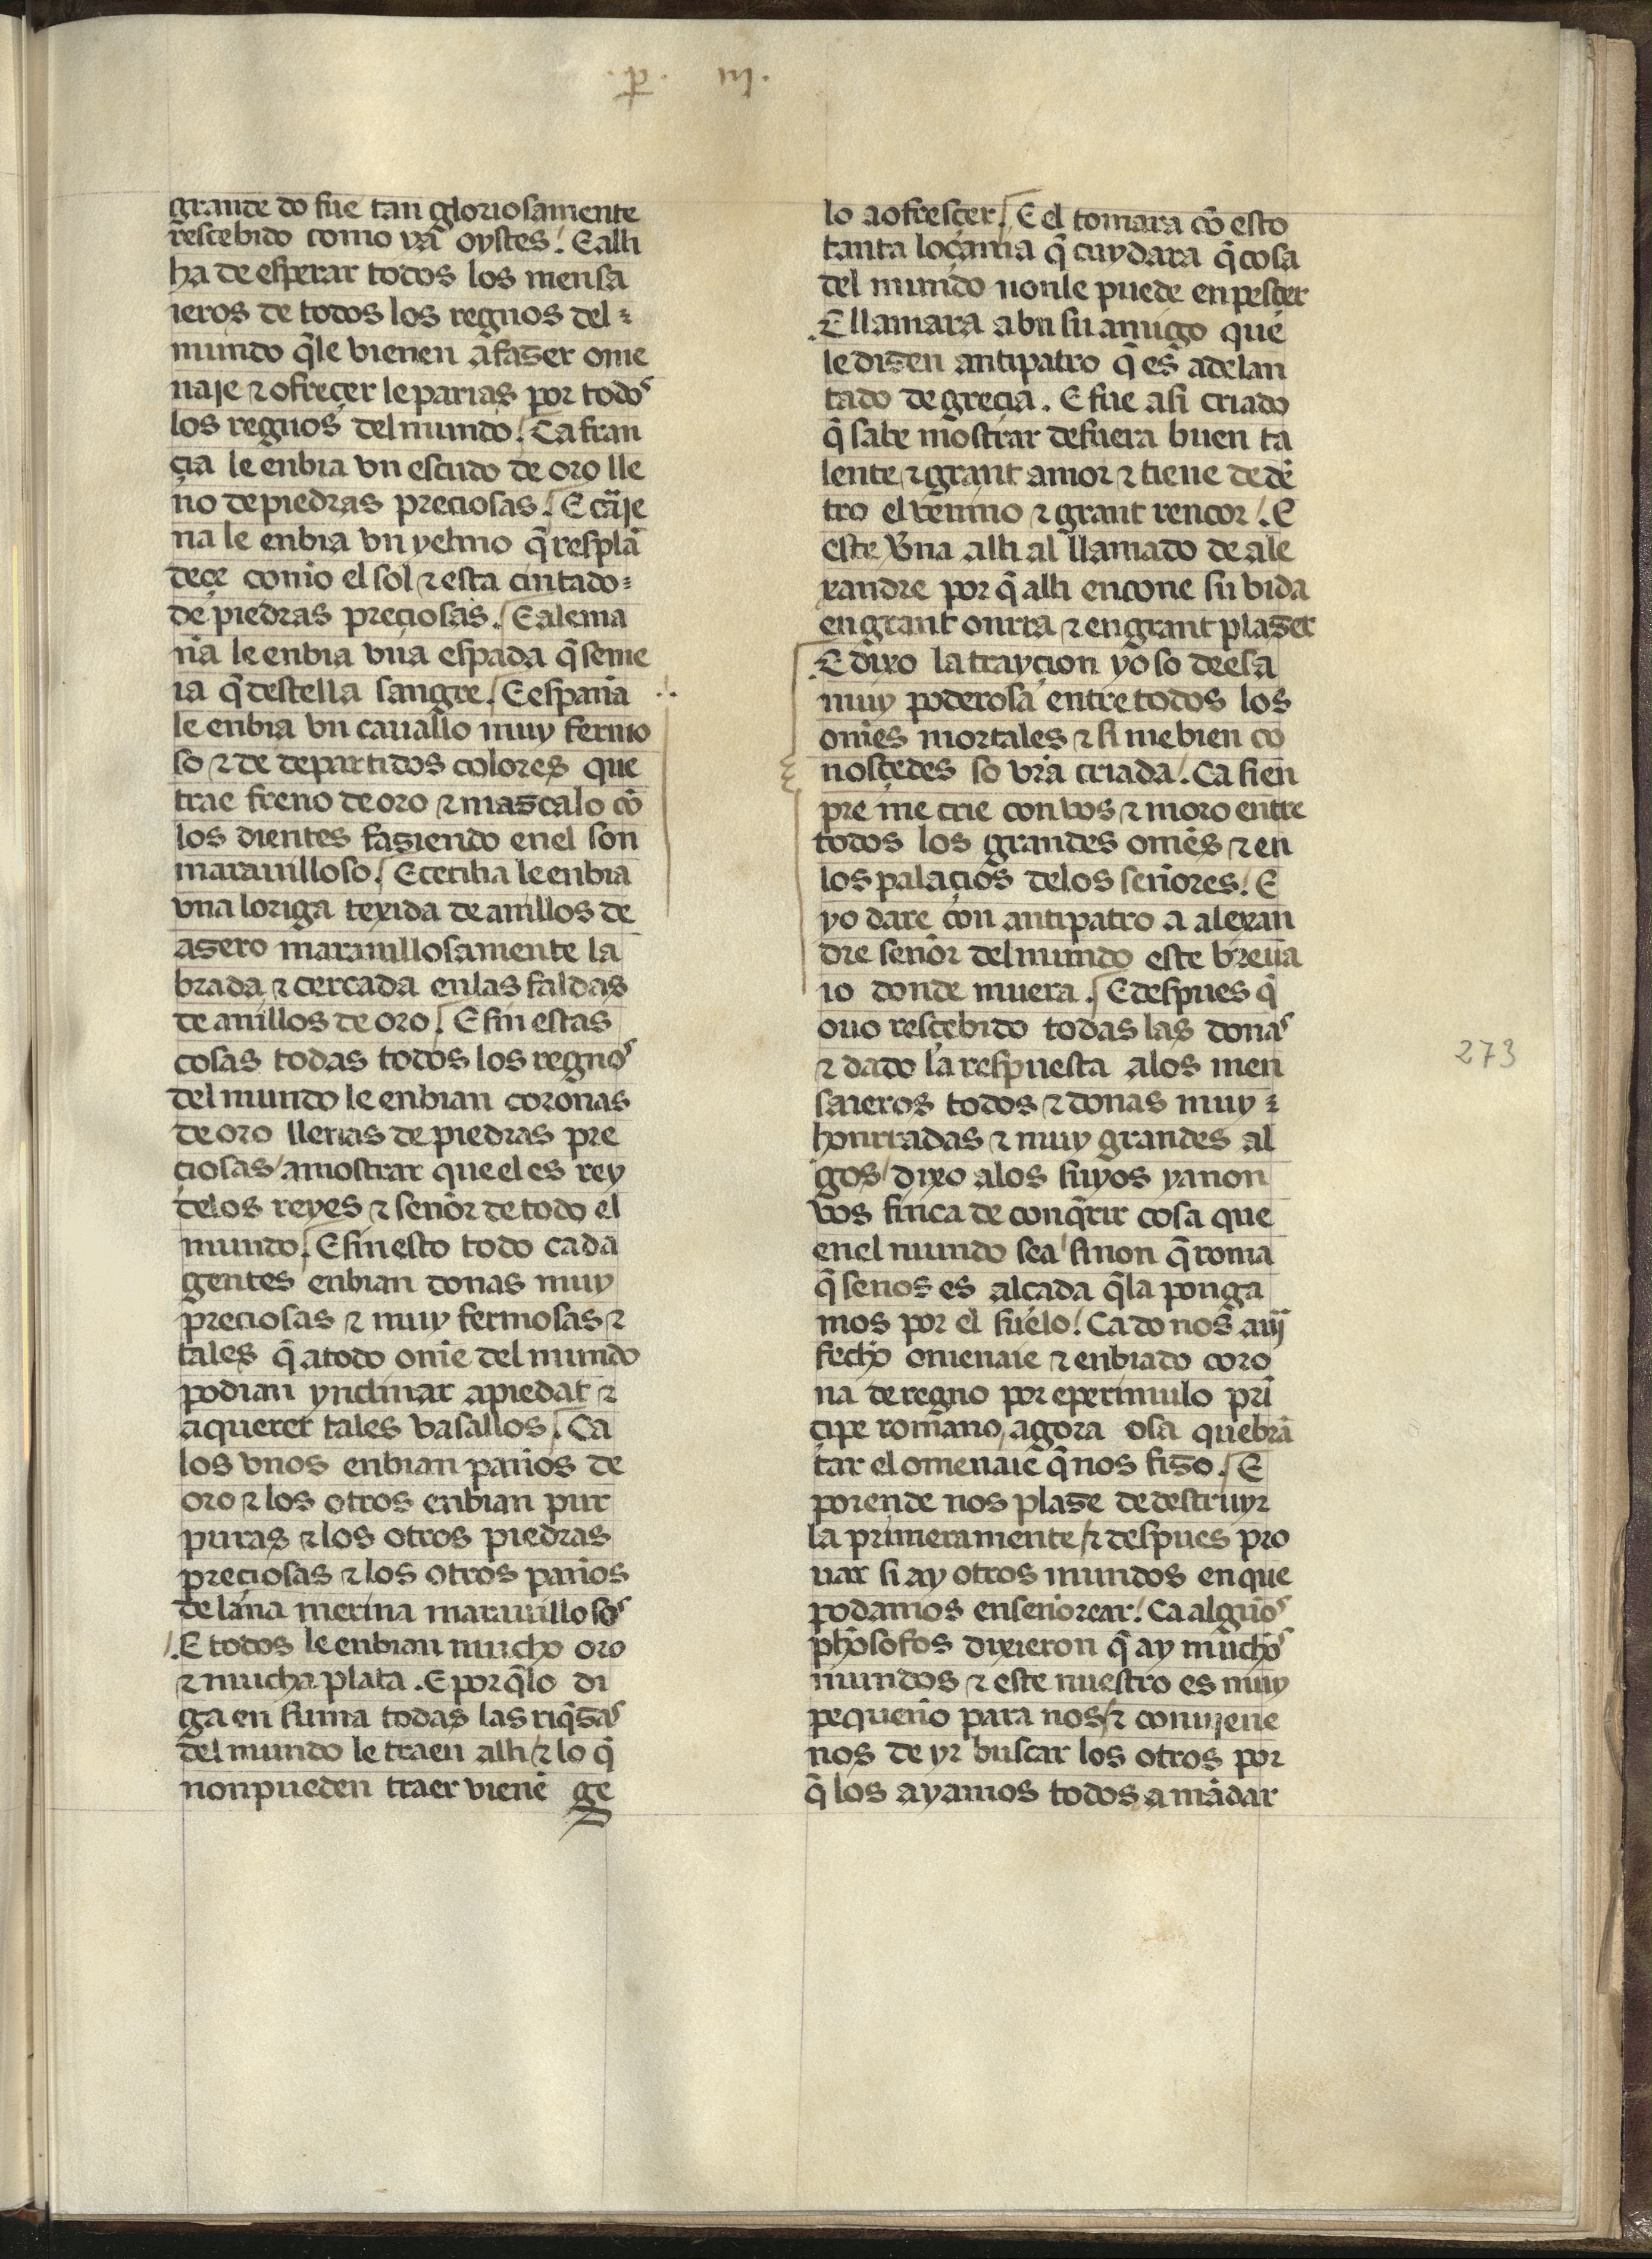
Shelfmark: Madrid, Fundación Lázaro Galdiano, mss 289
Century: 15